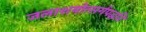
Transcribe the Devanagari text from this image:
जलाशयोत्सर्गपद्धति